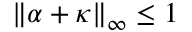
\| \alpha + \kappa \| _ { \infty } \leq 1